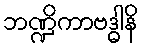
ဘဏ္ဍိကာဗဒ္ဓါနိ